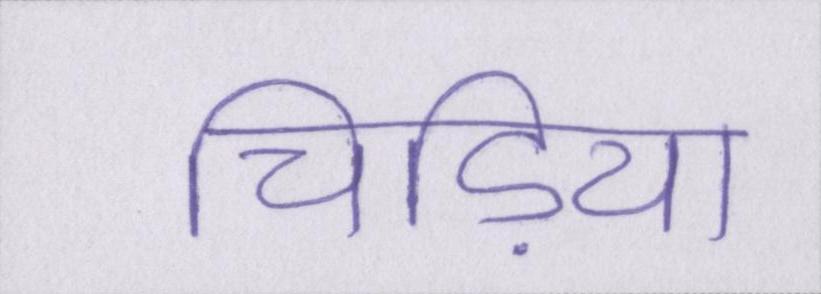
चिड़िया